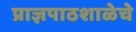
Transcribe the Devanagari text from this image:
प्राज्ञपाठशाळेचे